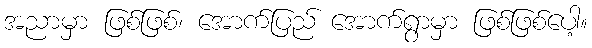
အညာမှာ ဖြစ်ဖြစ်၊ အောက်ပြည် အောက်ရွာမှာ ဖြစ်ဖြစ်ပေါ့။